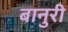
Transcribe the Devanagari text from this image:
बानुरी